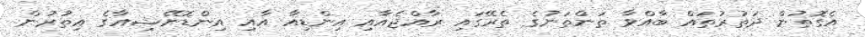
އެގޮތުން ދަތުރުތައް ބާއްވާ ތަންތަނުގެ ތެރޭގައި ރާއްޖެއާއި އިންޑިއާ އާއި އިންޑޮނޭޝިއާގެ އިތުރުން